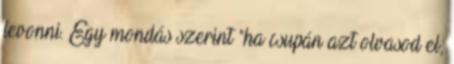
levonni. Egy mondás szerint "ha csupán azt olvasod el,